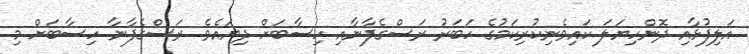
އަލިފުޅާއި ދޮންހިޔަލަ ކައިވެނިކުރިކަމުގެ ހަބަރު ރަސްގެފާނާއި ހިސާބަށް ދިޔައެވެ. ރަސްގެފާނާ ހިސާބަށް މި